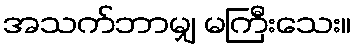
အသက်ဘာမျှ မကြီးသေး။